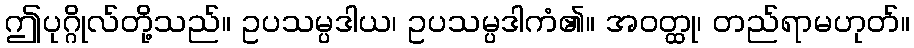
ဤပုဂ္ဂိုလ်တို့သည်။ ဥပသမ္ပဒါယ၊ ဥပသမ္ပဒါကံ၏။ အဝတ္ထု၊ တည်ရာမဟုတ်။